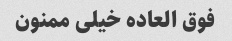
فوق العاده خیلی ممنون